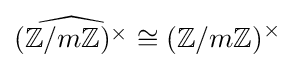
{\widehat {(\mathbb {Z} /m\mathbb {Z} )^{\times }}}\cong (\mathbb {Z} /m\mathbb {Z} )^{\times }